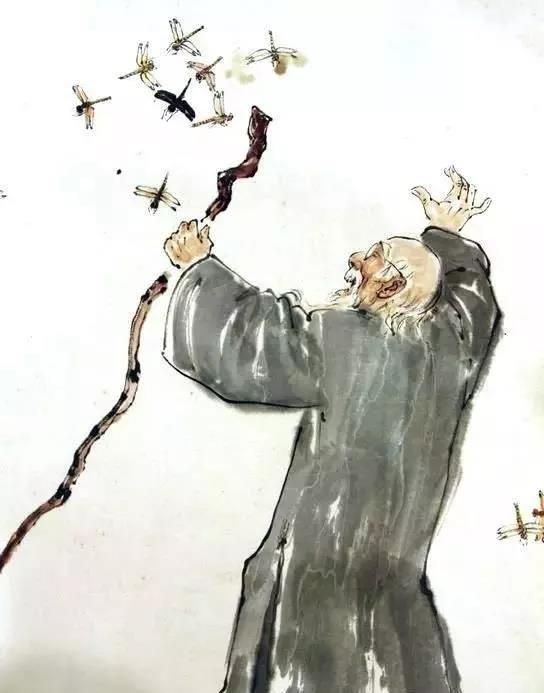
二人同心，其利断金。同心之言，其臭如兰。